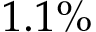
1 . 1 \%